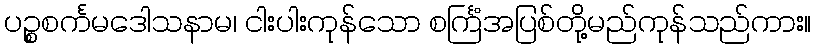
ပဉ္စစင်္ကမဒေါသနာမ၊ ငါးပါးကုန်သော စင်္ကြံအပြစ်တို့မည်ကုန်သည်ကား။